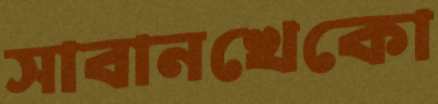
সাবানখেকো